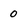
Character: 0